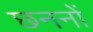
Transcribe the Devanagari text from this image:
छननों